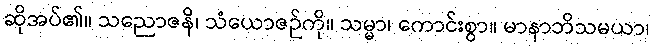
ဆိုအပ်၏။ သညောဇနိ၊ သံယောဇဉ်ကို။ သမ္မာ၊ ကောင်းစွာ။ မာနာဘိသမယာ၊